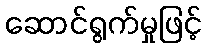
ဆောင်ရွက်မှုဖြင့်